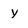
Character: y